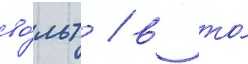
во́льт / в то́